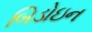
બિડોઇન